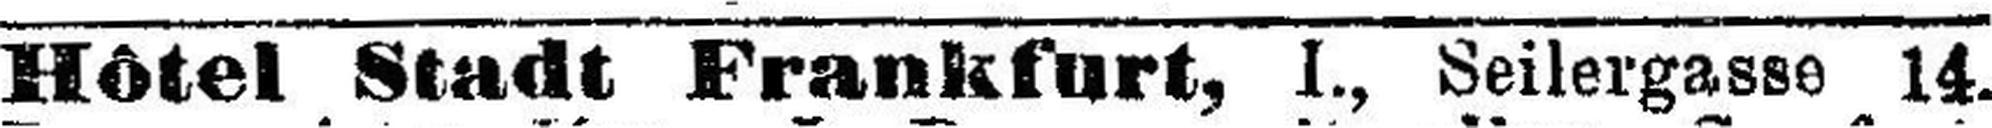
Hôtel Stadt Frankfurt, I., Seilergasse 14.